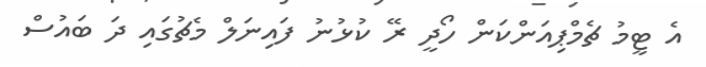
އެ ޓީމު ޗެމްޕިއަންކަން ހޯދީ ރޭ ކުޅުނު ފައިނަލް މެޗުގައި ދަ ބައުސް